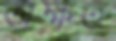
অক্ষত